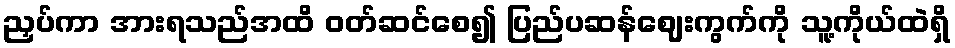
ညှပ်ကာ အားရသည်အထိ ဝတ်ဆင်စေ၍ ပြည်ပဆန်ဈေးကွက်ကို သူ့ကိုယ်ထဲရှိ